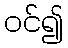
ဝင်၍